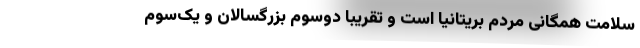
سلامت همگانی مردم بریتانیا است و تقریبا دوسوم بزرگسالان و یک‌سوم